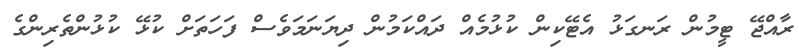
ރާއްޖޭ ޓީމުން ރަނގަޅު އެޓޭކިން ކުޅުމެއް ދައްކަމުން ދިޔަނަމަވެސް ފަހަތަށް ކުޅޭ ކުޅުންތެރިންގެ